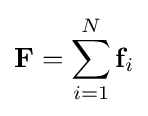
\mathbf {F} =\sum _{i=1}^{N}\mathbf {f} _{i}